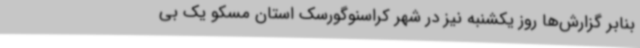
بنابر گزارش‌ها روز یکشنبه نیز در شهر کراسنوگورسک استان مسکو یک بی